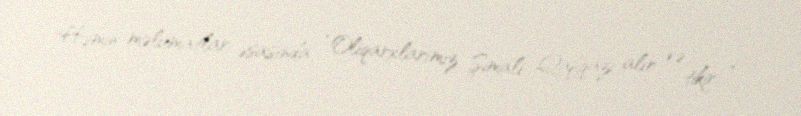
Həmin məlumatlar əsasında “Oliqarxlarımız Şimali Qafqazı alır və tikir...”